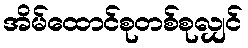
အိမ်ထောင်စုတစ်စုလျှင်